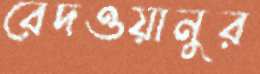
রেদওয়ানুর